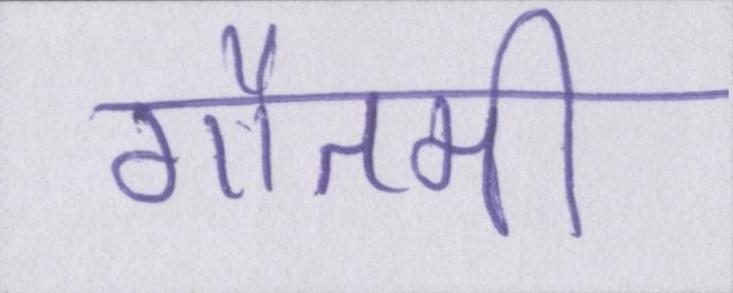
गौतमी